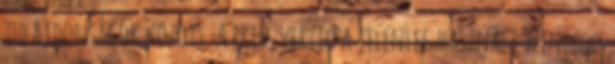
tulajdonságok között. A friss verzió a jelenleg használt Windows